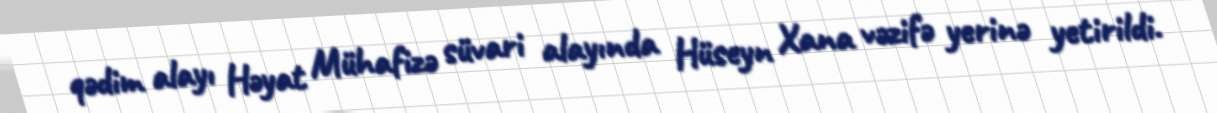
qədim alayı Həyat Mühafizə süvari alayında Hüseyn Xana vəzifə yerinə yetirildi.